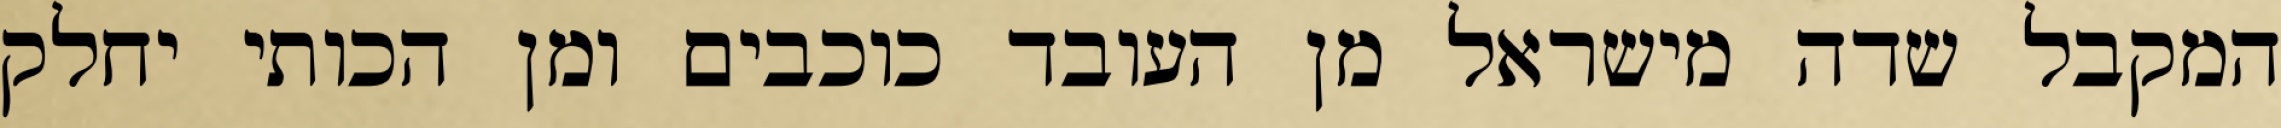
המקבל שדה מישראל מן העובד כוכבים ומן הכותי יחלק